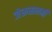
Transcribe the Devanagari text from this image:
जेरूसलमी